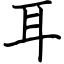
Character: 耳